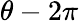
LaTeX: \theta-2\pi